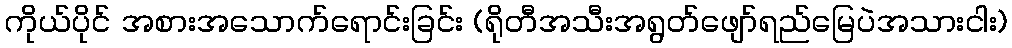
ကိုယ်ပိုင် အစားအသောက်ရောင်းခြင်း (ရိုတီအသီးအရွတ်ဖျော်ရည်မြေပဲအသားငါး)